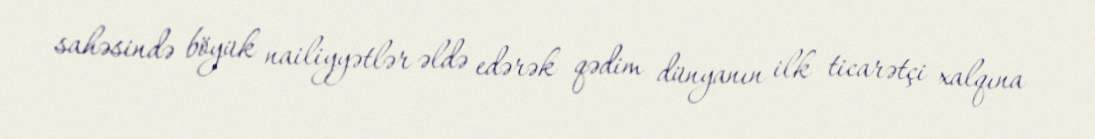
sahəsində böyük nailiyyətlər əldə edərək qədim dünyanın ilk ticarətçi xalqına